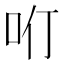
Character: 𠯼